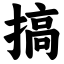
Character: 搞